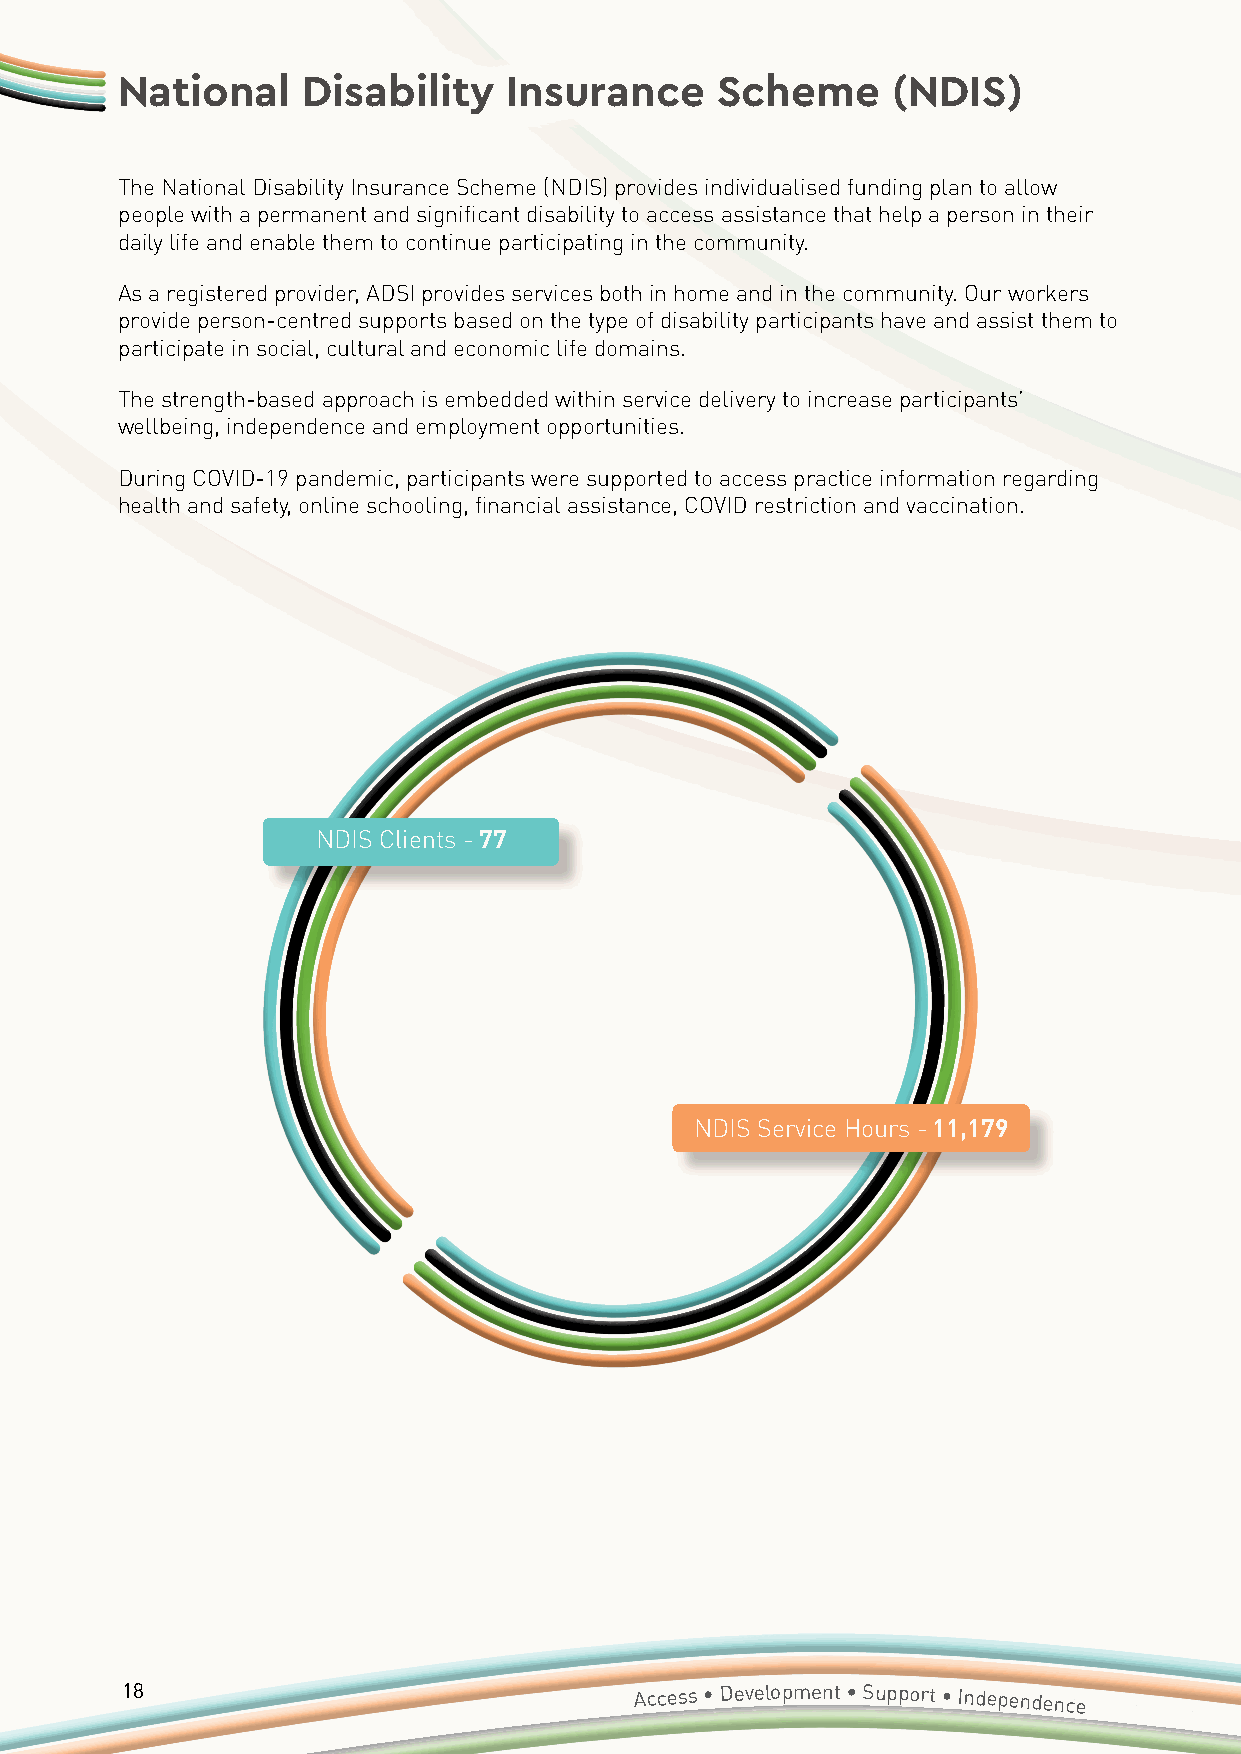
National    Disability    Insurance    Scheme      (NDIS)
 The National Disability Insurance Scheme (NDIS) provides individualised funding plan to allow
 people with a permanent and significant disability to access assistance that help a person in their
 daily life and enable them to continue participating in the community.
 As a registered provider, ADSI provides services both in home and in the community. Our workers
 provide person-centred supports based on the type of disability participants have and assist them to
 participate in social, cultural and economic life domains.
 The strength-based approach is embedded within service delivery to increase participants’
 wellbeing, independence and employment opportunities.
 During COVID-19 pandemic, participants were supported to access practice information regarding
 health and safety, online schooling, financial assistance, COVID restriction and vaccination.
 NDIS Clients - 77
 NDIS Service Hours - 11,179
 18                                Access • Development • Support • Independence
 Annual
 Report 2020/2021 • Accessible Diversity Services Initiative
 Limited